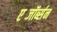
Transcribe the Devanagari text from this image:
एब्जॉर्ब्सन